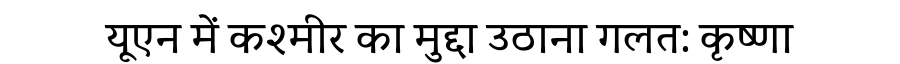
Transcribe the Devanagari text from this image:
यूएन में कश्मीर का मुद्दा उठाना गलत: कृष्णा